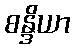
စန္ဒိယာ